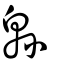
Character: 緜